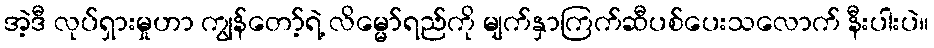
အဲ့ဒီ လုပ်ရှားမှုဟာ ကျွန်တော့်ရဲ့ လိမ္မော်ရည်ကို မျက်နှာကြက်ဆီပစ်ပေးသလောက် နီးပါးပဲ။